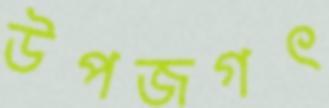
উপজগৎ